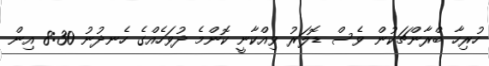
ހުރިހާ ބްރާންޗަކުން ވެސް ޑޮލަރު ވިއްކާނީ ކޮންމެ ދުވަހެއްގެ ހެނދުނު 8:30 އިން